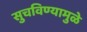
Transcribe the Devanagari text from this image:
सुचविण्यामुळे